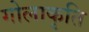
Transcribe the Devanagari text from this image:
गोलाकृति